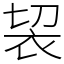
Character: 袃